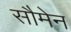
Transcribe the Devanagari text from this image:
सौमेन